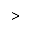
>